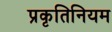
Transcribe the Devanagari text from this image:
प्रकृतिनियम